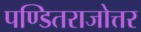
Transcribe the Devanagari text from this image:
पण्डितराजोत्तर